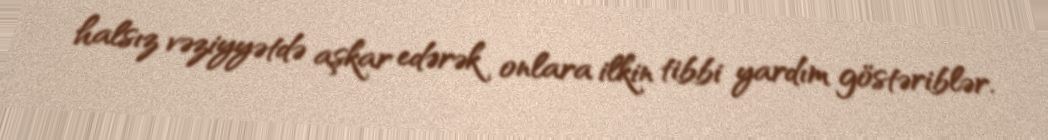
halsız vəziyyətdə aşkar edərək onlara ilkin tibbi yardım göstəriblər.